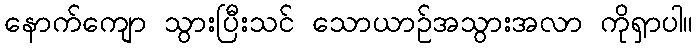
နောက်ကျော သွားပြီးသင် သောယာဉ်အသွားအလာ ကိုရှာပါ။